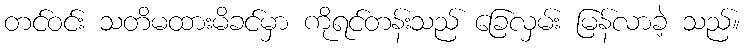
တင်ဝင်း သတိမထားမိခင်မှာ ကိုရင်တန်းသည် ခြေလှမ်း မြန်လာခဲ့ သည်။